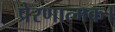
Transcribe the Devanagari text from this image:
प्रेरणात्मक।